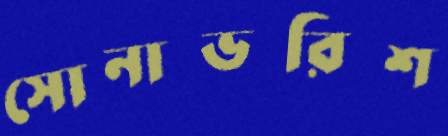
সোনাভরিশ